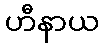
ဟီနာယ